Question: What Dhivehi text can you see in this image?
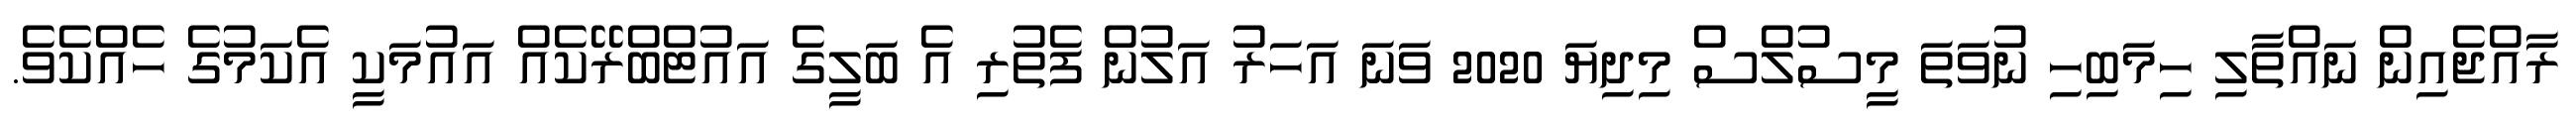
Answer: ރާއްޖެއިން ނައްތާލި ހިމަބިހި ނުވަތަ މީސުލްސް މިދިޔަ 2020 ވަނަ އަހަރު އަލުން ފެތުރި އެ ބަލީގެ އައުޓްބްރޭކެއް އައުމަކީ އެކަމުގެ ހެއްކެވެ.